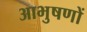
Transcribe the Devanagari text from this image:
आभुषणों